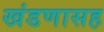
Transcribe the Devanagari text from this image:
खंडणासह